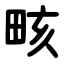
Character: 畡